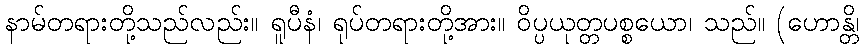
နာမ်တရားတို့သည်လည်း။ ရူပီနံ၊ ရုပ်တရားတို့အား။ ဝိပ္ပယုတ္တပစ္စယော၊ သည်။ (ဟောန္တိ၊